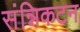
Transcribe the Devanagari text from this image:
संन्निकटन